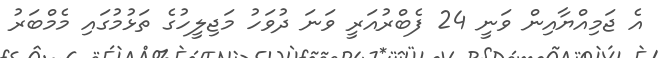
އެ ޖަމިއްޔާއިން ވަނީ 24 ފެބްރުއަރީ ވަނަ ދުވަހު މަޖިލީހުގެ ތަޅުމުގައި މެމްބަރު